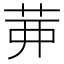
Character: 𦮉